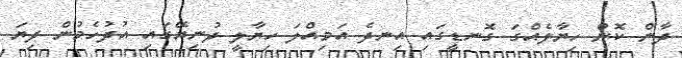
ދާން ކޮން ހިޔާލެއްގަ ގޮނޑީގައި އިނދެ އަމިއްލަ ހިޔާލީ ދުނިޔޭގައި އުދުހެމުން ދިޔަ